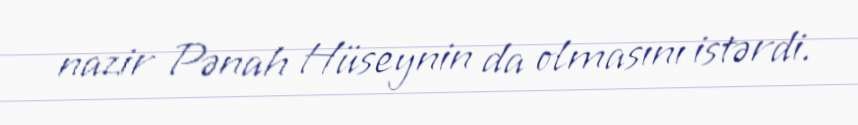
nazir Pənah Hüseynin da olmasını istərdi.